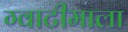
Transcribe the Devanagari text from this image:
ग्वाटीमाला